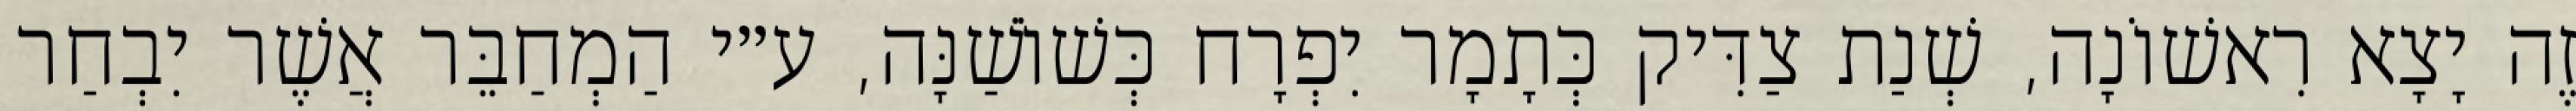
זֶה יָצָא רִאשׁוֹנָה, שְׁנַת צַדִּיק כְּתָמָר יִפְרָח כְּשׁוֹשַׁנָּה, ע״י הַמְחַבֵּר אֲשֶׁר יִבְחַר